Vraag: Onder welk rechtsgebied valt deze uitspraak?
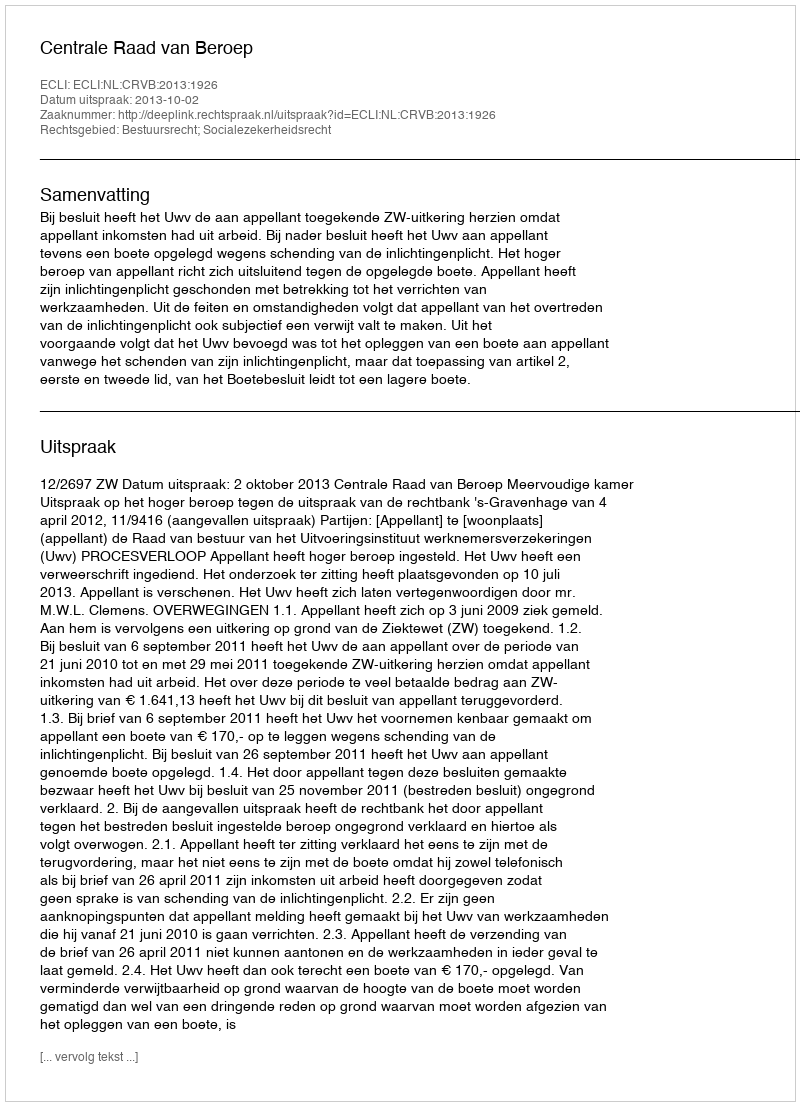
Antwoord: Bestuursrecht; Socialezekerheidsrecht